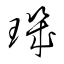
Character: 璣